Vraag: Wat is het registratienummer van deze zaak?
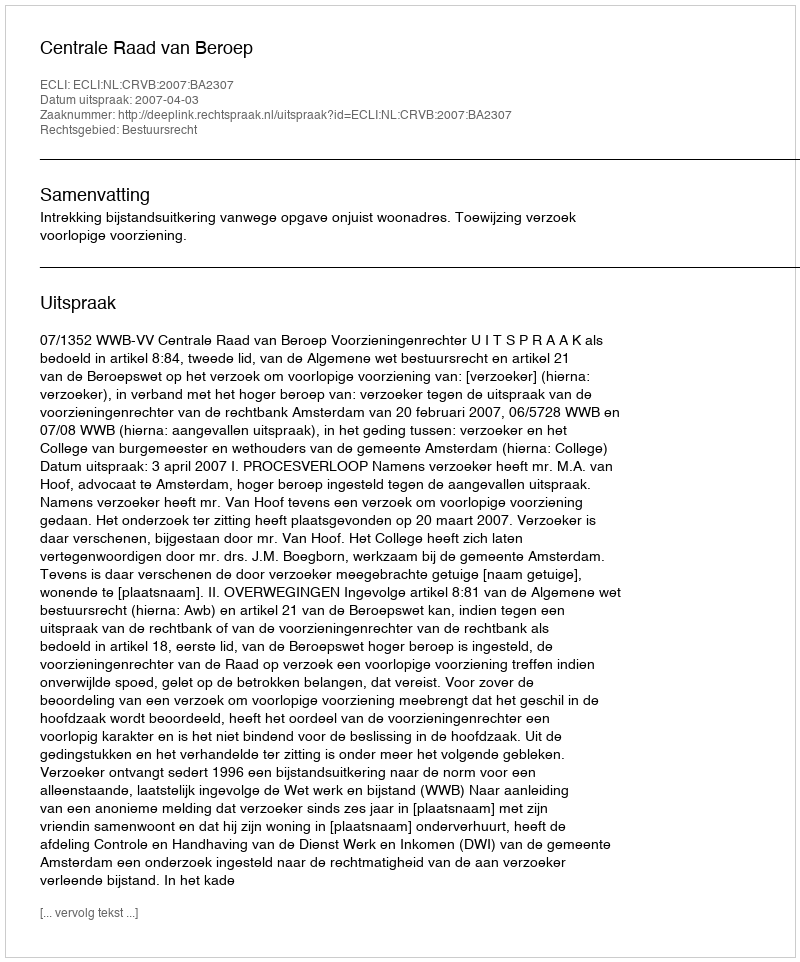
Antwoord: http://deeplink.rechtspraak.nl/uitspraak?id=ECLI:NL:CRVB:2007:BA2307